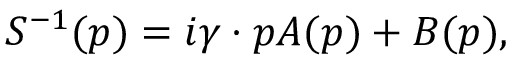
S ^ { - 1 } ( p ) = i \gamma \cdot p A ( p ) + B ( p ) ,